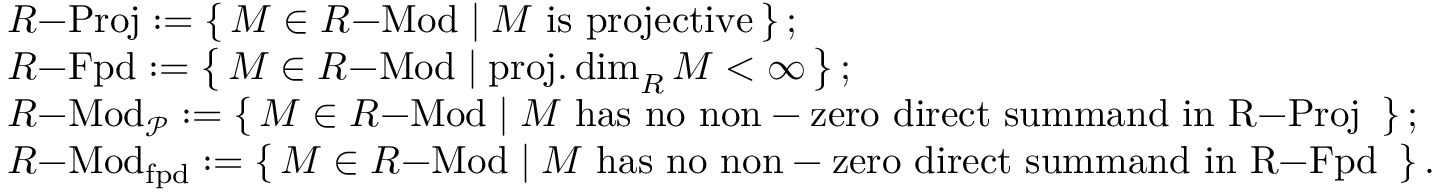
\begin{array} { r l } & { R \mathrm { - } \mathrm { P r o j } : = \left\{ \, M \in R \mathrm { - } \mathrm { M o d } \mid M \mathrm { ~ i s ~ p r o j e c t i v e } \, \right\} ; } \\ & { R \mathrm { - } \mathrm { F p d } : = \left\{ \, M \in R \mathrm { - } \mathrm { M o d } \mid \operatorname { p r o j . d i m } _ { R } M < \infty \, \right\} ; } \\ & { R \mathrm { - } \mathrm { M o d } _ { \mathcal { P } } : = \left\{ \, M \in R \mathrm { - } \mathrm { M o d } \mid M \mathrm { ~ h a s ~ n o ~ n o n - z e r o ~ d i r e c t ~ s u m m a n d ~ i n ~ R \mathrm { - } \mathrm { P r o j } ~ } \, \right\} ; } \\ & { R \mathrm { - } \mathrm { M o d } _ { \mathrm { f p d } } : = \left\{ \, M \in R \mathrm { - } \mathrm { M o d } \mid M \mathrm { ~ h a s ~ n o ~ n o n - z e r o ~ d i r e c t ~ s u m m a n d ~ i n ~ R \mathrm { - } \mathrm { F p d } ~ } \, \right\} . } \end{array}